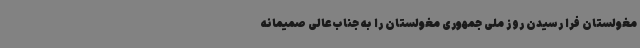
مغولستان فرا رسیدن روز ملی جمهوری مغولستان را به جناب‌عالی صمیمانه